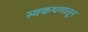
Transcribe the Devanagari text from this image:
स्वकथणातून